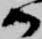
か